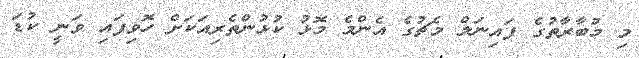
މި މުބާރާތުގެ ފައިނަލް މެޗުގެ އެންމެ މޮޅު ކުޅުންތެރިއަކަށް ހޮވިފައި ވަނީ ކުޑަ